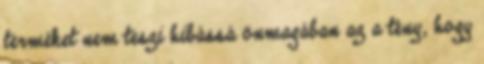
terméket nem teszi hibássá önmagában az a tény, hogy